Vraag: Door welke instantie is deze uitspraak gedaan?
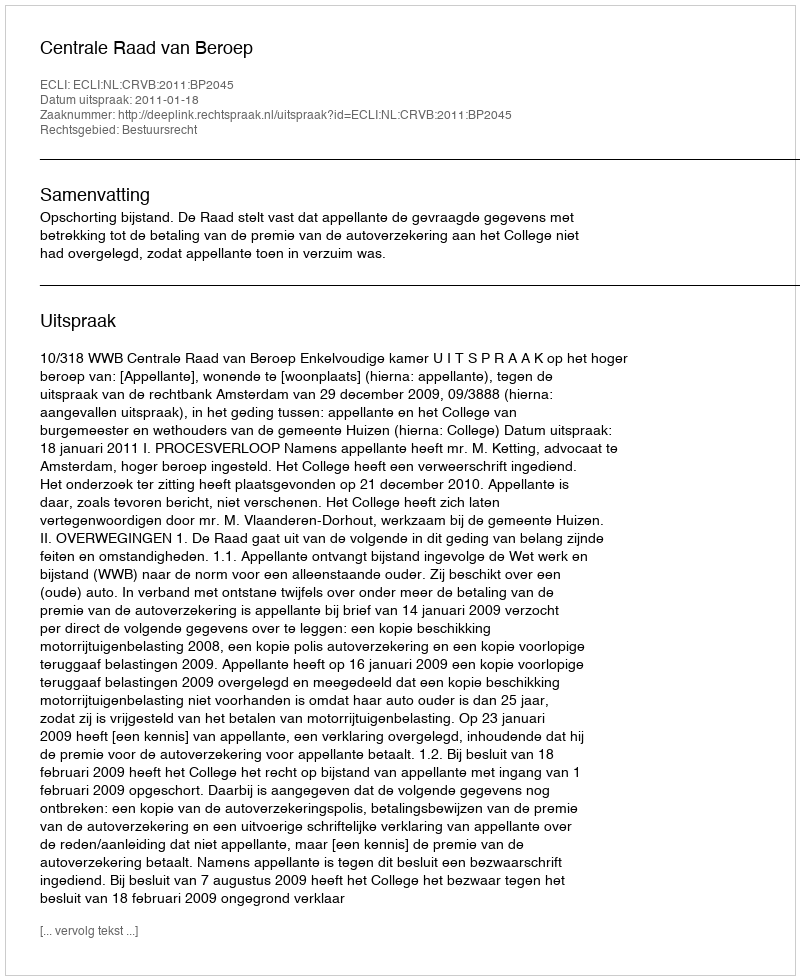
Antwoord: Centrale Raad van Beroep